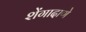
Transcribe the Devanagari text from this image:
शेंगादाणे